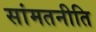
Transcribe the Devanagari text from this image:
सांमतनीति